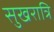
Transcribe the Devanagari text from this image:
सुखरात्रि